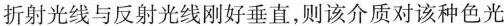
折射光线与反射光线刚好垂直，则该介质对该种色光